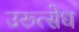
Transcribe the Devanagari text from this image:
उरूत्सेध